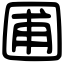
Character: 圃